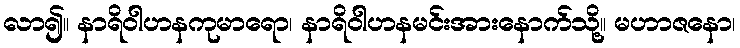
လာ၍။ နာရိဝါဟနကုမာရော၊ နာရိဝါဟနမင်းအားနောက်သို့။ မဟာဇနော၊